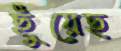
ছুঁয়েছ